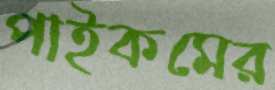
পাইকমের